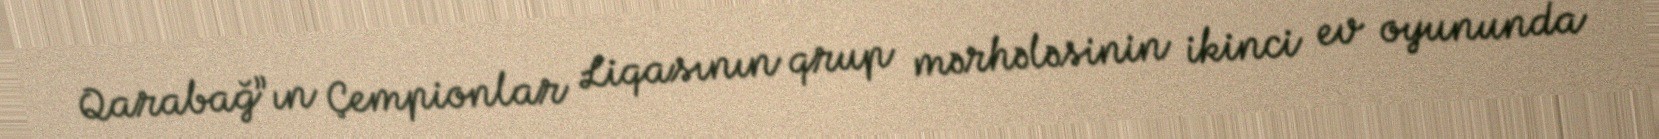
Qarabağ”ın Çempionlar Liqasının qrup mərhələsinin ikinci ev oyununda